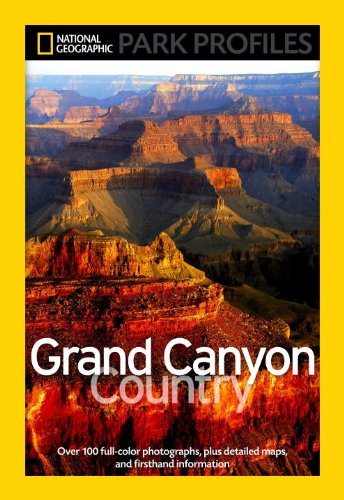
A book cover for National Geographic Park Profiles: Grand Canyon Country; Seymour L. Fishbein; Travel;